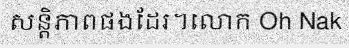
សន្តិភាពផងដែរ។លោក Oh Nak